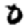
Digit: 0